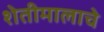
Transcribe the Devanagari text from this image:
शेतीमालाचे